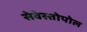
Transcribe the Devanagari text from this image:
सेवेस्तोपोल